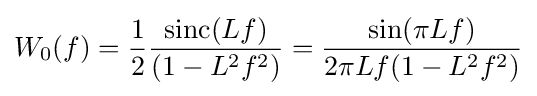
W_{0}(f)={\frac {1}{2}}{\frac {\operatorname {sinc} (Lf)}{(1-L^{2}f^{2})}}={\frac {\sin(\pi Lf)}{2\pi Lf(1-L^{2}f^{2})}}